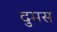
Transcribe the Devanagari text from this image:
दुमस